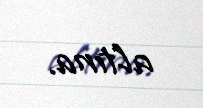
altına.